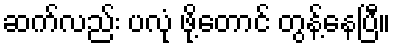
ဆက်လည်း ပလုံ ဖို့တောင် တွန့်နေပြီ။